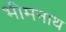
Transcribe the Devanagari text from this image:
भीमनाथ